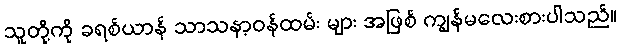
သူတို့ကို ခရစ်ယာန် သာသနာ့ဝန်ထမ်း များ အဖြစ် ကျွန်မလေးစားပါသည်။